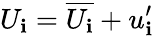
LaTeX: U_{\mathbf{i}}=\overline{{{U_{\mathbf{i}}}}}+u_{\mathbf{i}}^{\prime}